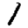
Digit: 1